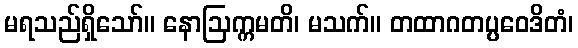
မရသည်ရှိသော်။ နောဩက္ကမတိ၊ မသက်။ တထာဂတပ္ပဝေဒိတံ၊